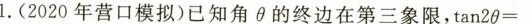
l。(2020年营口模拟)已知角θ的终边在第三象限，$$tan2θ=